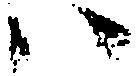
ハ